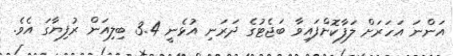
އަންނަ އަހަރަށް ލަފާކޮށްފައިވާ ބަޖެޓުގެ ދަރަނި އުޅެނީ 3.4 ބިލިއަން ރުފިޔާގަ އެވެ.